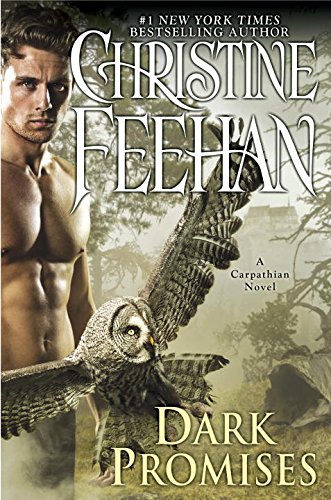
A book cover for Dark Promises: A Carpathian Novel; Christine Feehan; Science Fiction & Fantasy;